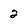
Character: 2